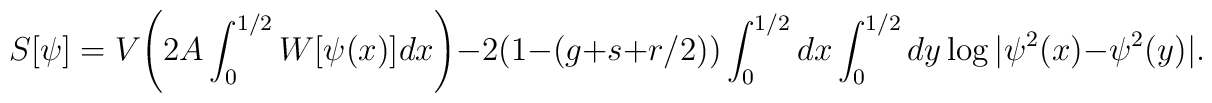
S[\psi ] = V{\Biggr (}2A \int _{0}^{1/2} W[\psi (x)] dx{\Biggl )}-2(1-(g +s +r/2))\int_{0}^{1/2} dx \int_0^{1/2} dy \log|\psi^2(x)- \psi^2 (y)|.